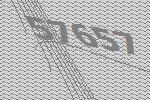
57657